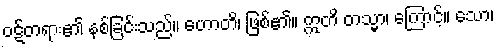
ဝဋ်တရား၏ နစ်ခြင်းသည်။ ဟောတိ၊ ဖြစ်၏။ ဣတိ တသ္မာ၊ ကြောင့်။ သော၊